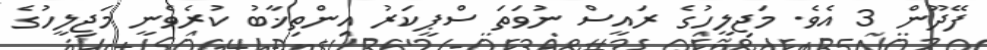
ފޭދޫން 3 އެވެ. މަޖިލީހުގެ ރައީސް ނުވަތަ ސްޕީކަރު އިންތިޚާބު ކުރެވެނީ މަޖިލީހުގެ